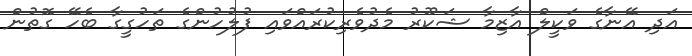
އަދި އޭނާގެ ވަކީލް އާޒިމާ ޝަކޫރު މެދުވެރިކުރައްވައި ފުލުހުންގެ ތަހުގީގާ ބެހޭ ގޮތުން